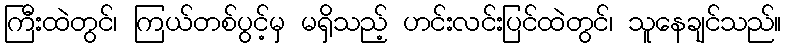
ကြီးထဲတွင်၊ ကြယ်တစ်ပွင့်မှ မရှိသည့် ဟင်းလင်းပြင်ထဲတွင်၊ သူနေချင်သည်။